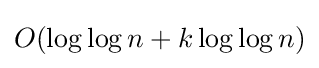
O(\log \log n+k\log \log n)